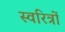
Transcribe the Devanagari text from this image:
स्वरित्रों